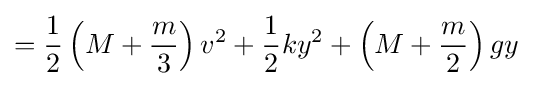
={\frac {1}{2}}\left(M+{\frac {m}{3}}\right)v^{2}+{\frac {1}{2}}ky^{2}+\left(M+{\frac {m}{2}}\right)gy